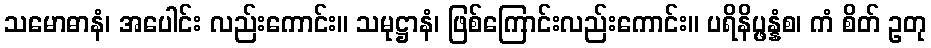
သမောဓာနံ၊ အပေါင်း လည်းကောင်း။ သမုဋ္ဌာနံ၊ ဖြစ်ကြောင်းလည်းကောင်း။ ပရိနိပ္ဖန္နံစ၊ ကံ စိတ် ဥတု